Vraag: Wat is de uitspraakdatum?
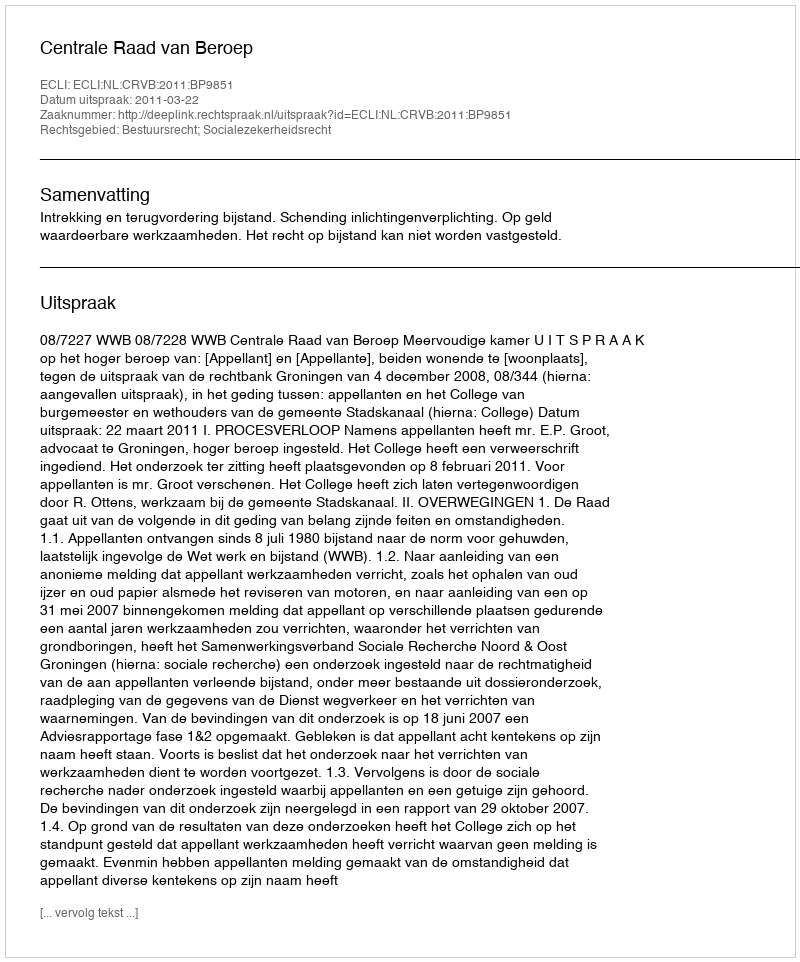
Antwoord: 2011-03-22